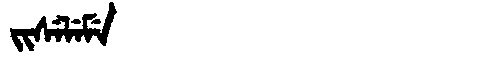
Manchu: ᠵᡳᠰᡝᠯᡝᠮᡝ
Romanization: JISELEME